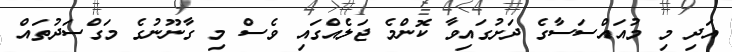
އަދި މި މުއައްސަސާގެ ދަށުގައިވާ ކޮންމެ ޖަލެއްގައި ވެސް މި ގާނޫނުގެ މަގްސަދުތައް